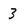
Character: 3